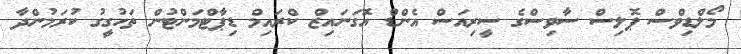
މޯލްޑިވްސް ޕޮލިސް ސާވިސްގެ ސީރިއަސް އެންޑް އޮގަނައިޒް ކްރައިމް ޑިޕާޓްމަންޓުން ތަހުގީގު ކުރަމުންދާ